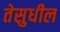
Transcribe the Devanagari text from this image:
तेसुधील